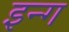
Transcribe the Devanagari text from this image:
इन्ग